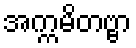
အက္ကမိတဗ္ဗာ